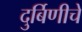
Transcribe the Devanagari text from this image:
दुर्बिणीचे